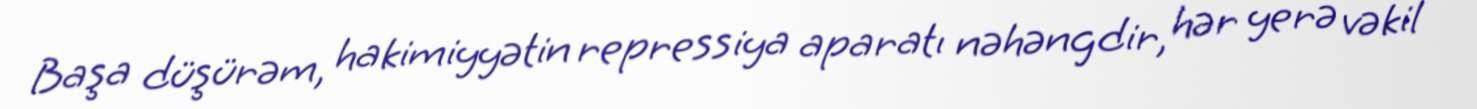
Başa düşürəm, hakimiyyətin repressiya aparatı nəhəngdir, hər yerə vəkil